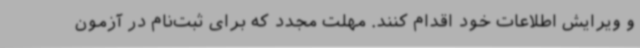
و ویرایش اطلاعات خود اقدام کنند. مهلت مجدد که برای ثبت‌نام در آزمون